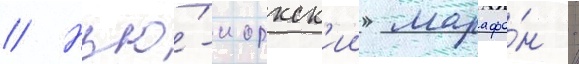
// Нью́-иоркск'ии марафо́н -